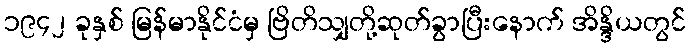
၁၉၄၂ ခုနှစ် မြန်မာနိုင်ငံမှ ဗြိတိသျှတို့ဆုတ်ခွာပြီးနောက် အိန္ဒိယတွင်